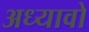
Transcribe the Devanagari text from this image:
अध्यावो